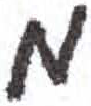
אות: מ